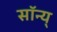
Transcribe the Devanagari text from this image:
सॉन्य्